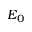
E _ { 0 }